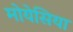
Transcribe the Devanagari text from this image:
मोयेसिया